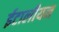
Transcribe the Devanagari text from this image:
ईटालीयन